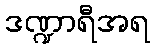
ဒဏ္ဍာရီအရ